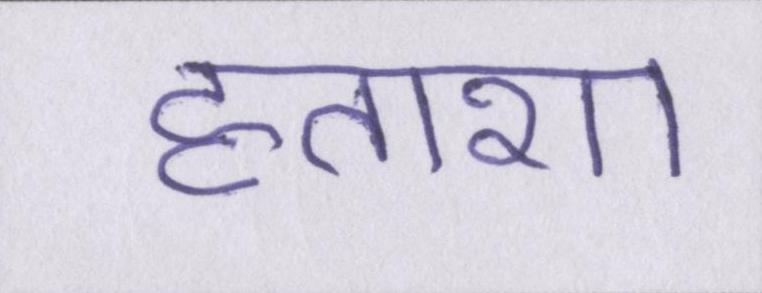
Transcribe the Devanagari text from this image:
हताशा